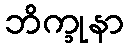
ဘိက္ခုနာ